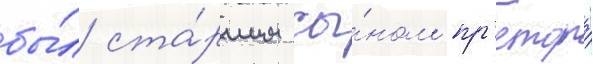
бы́л ста́ршим сы́ном пр'етора